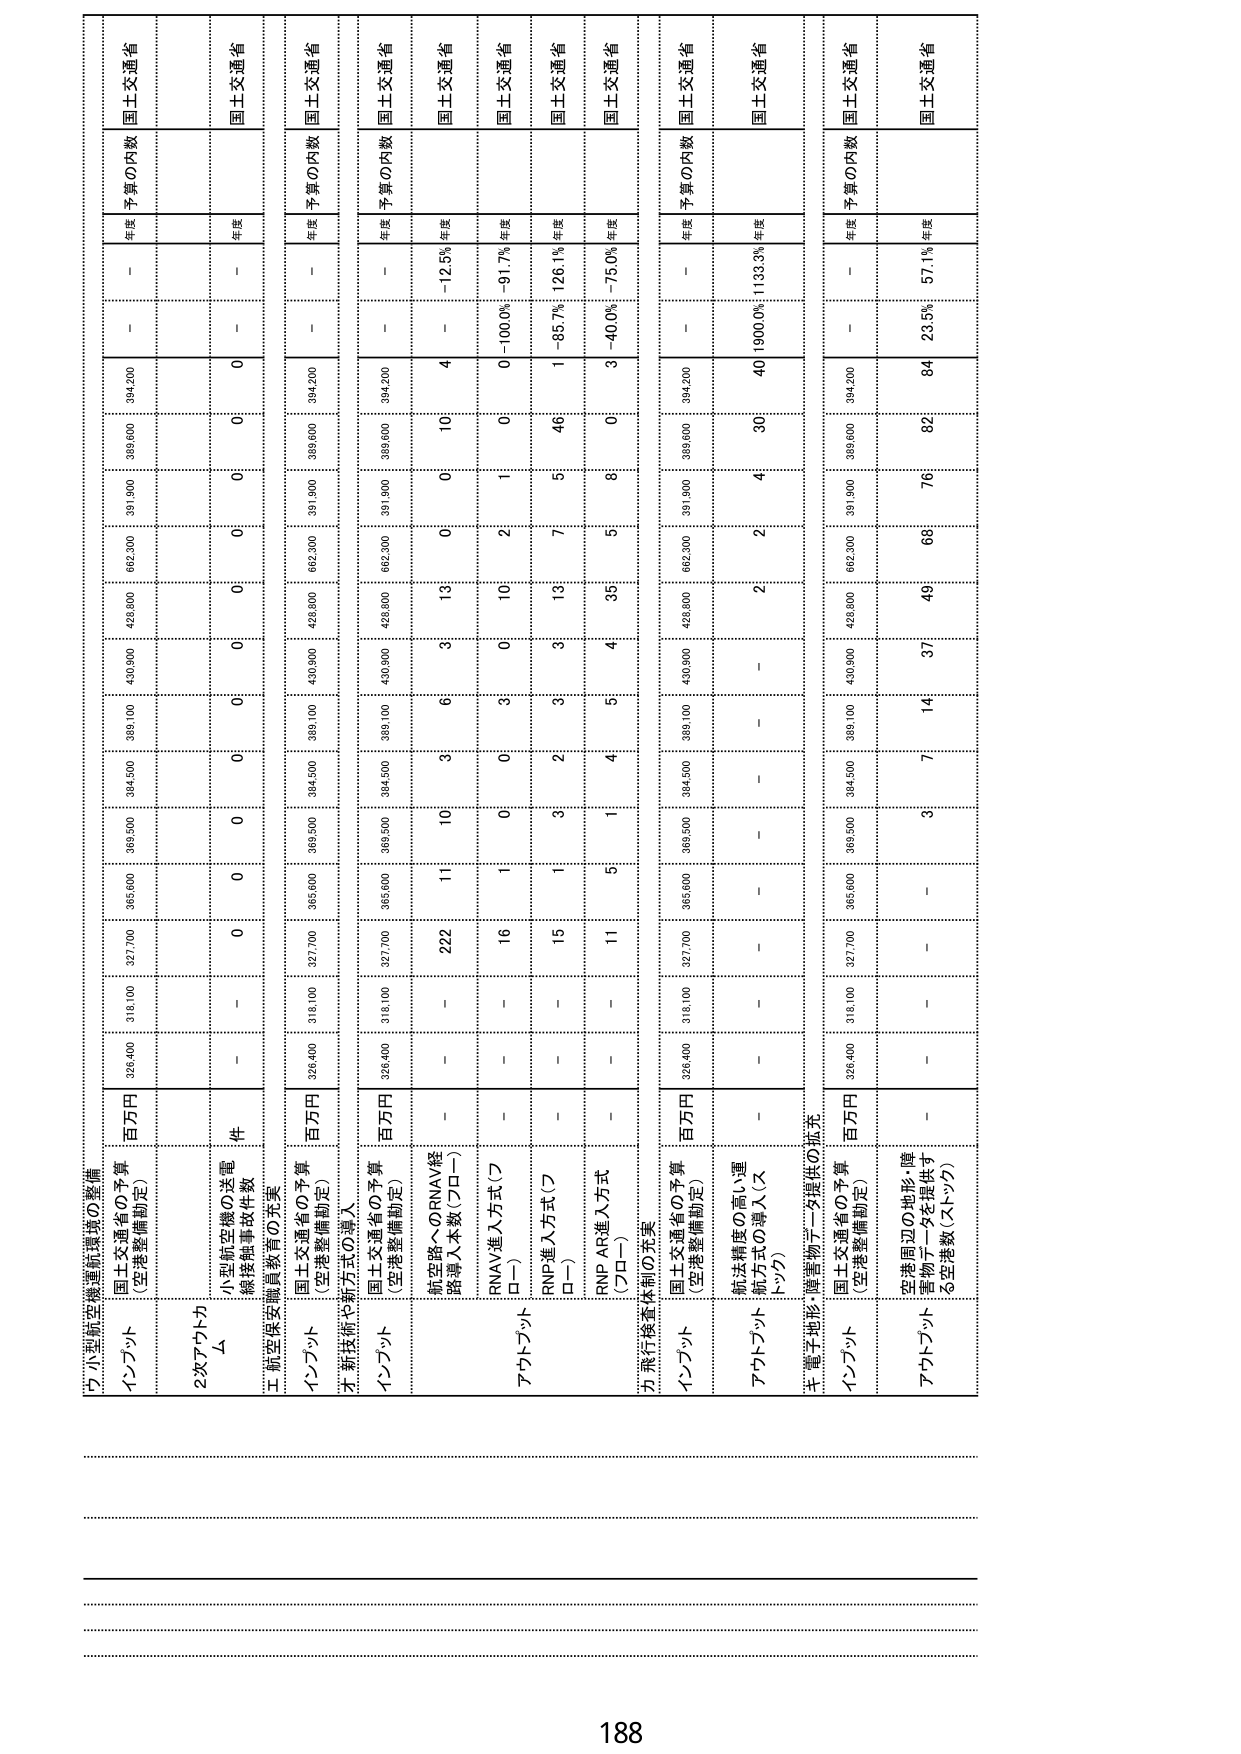
ワ.小型航空機運航環境の整備
インプット 国土交通省の予算（空港整備勘定） 百万円 326,400 318,100 327,700 365,600 369,500 384,500 389,100 430,900 428,800 662,300 391,900 389,600 394,200 － － 年度 予算の内数 国土交通省
2次アウトプット △ 小型航空機の送電 線接触事故件数 件 － － 0 0 0 0 0 0 0 0 0 0 0 － － 年度 予算の内数 国土交通省
エ.航空保安職員教育の充実
インプット 国土交通省の予算（空港整備勘定） 百万円 326,400 318,100 327,700 365,600 369,500 384,500 389,100 430,900 428,800 662,300 391,900 389,600 394,200 － － 年度 予算の内数 国土交通省
オ.新技術や新方式の導入
インプット 国土交通省の予算（空港整備勘定） 百万円 326,400 318,100 327,700 365,600 369,500 384,500 389,100 430,900 428,800 662,300 391,900 389,600 394,200 － － 年度 予算の内数 国土交通省
アウトプット 航空路へのRNAV経路導入本数（プロー） － － 222 11 10 3 6 13 0 10 4 － － － － 12.5% 年度
RNAV導入方式（プロー） － － 16 1 0 3 0 10 2 1 0 0 0 － － 100.0% -91.7% 年度
RNP導入方式（プロー） － － 15 1 3 2 3 13 7 5 46 1 － － -85.7% 126.1% 年度
RNP AR導入方式（プロー） － － 11 5 1 4 5 35 5 8 0 3 － － -40.0% -75.0% 年度
カ.飛行検査体制の充実
インプット 国土交通省の予算（空港整備勘定） 百万円 326,400 318,100 327,700 365,600 369,500 384,500 389,100 430,900 428,800 662,300 391,900 389,600 394,200 － － 年度 予算の内数 国土交通省
アウトプット 航法精度の高い運航方式の導入（ストック） － － － － － － － 2 2 4 30 40 1900.0% 1133.3% 年度
キ.電子地形・障害物データ提供の拡充
インプット 国土交通省の予算（空港整備勘定） 百万円 326,400 318,100 327,700 365,600 369,500 384,500 389,100 430,900 428,800 662,300 391,900 389,600 394,200 － － 年度 予算の内数 国土交通省
アウトプット 空港周辺の地形・障害物データを提供する空港数（ストック） － － － 3 7 14 37 49 68 76 82 84 23.5% 57.1% 年度
188